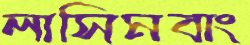
লাসিমবাং